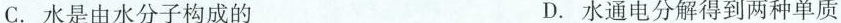
C. 水是由水分子构成的 D. 水通电分解得到两种单质